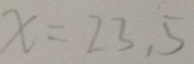
x = 2 3 . 5